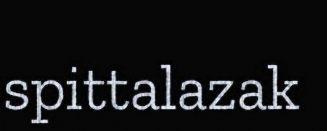
spittalazak